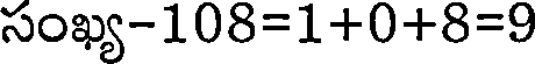
సంఖ్య-108=1+0+8=9